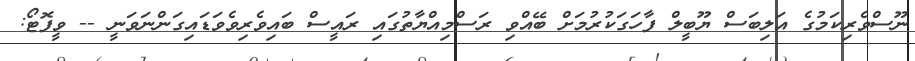
ނޫސްވެރިކަމުގެ އަލިބަސް ޔޫބީލް ފާހަގަކުރުމަށް ބޭއްވި ރަސްމިއްޔާތުގައި ރައީސް ބައިވެރިވެވަޑައިގަންނަވަނީ -- ވީފޮޓޯ: